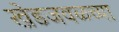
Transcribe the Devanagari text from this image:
खेडजवळच्या